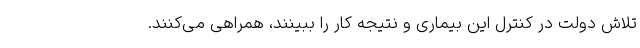
تلاش دولت در کنترل این بیماری و نتیجه کار را ببینند، همراهی می‌کنند.